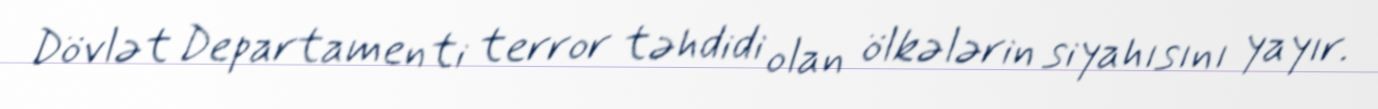
Dövlət Departamenti terror təhdidi olan ölkələrin siyahısını yayır.